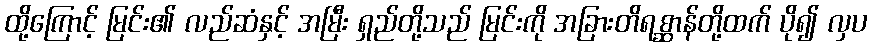
ထို့ကြောင့် မြင်း၏ လည်ဆံနှင့် အမြီး ရှည်တို့သည် မြင်းကို အခြားတိရစ္ဆာန်တို့ထက် ပို၍ လှပ